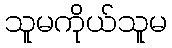
သူမကိုယ်သူမ